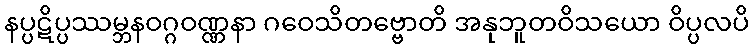
နပ္ပဋိပ္ပဿမ္ဘနဝဂ္ဂဝဏ္ဏနာ ဂဝေသိတဗ္ဗောတိ အနုဘူတဝိသယော ဝိပ္ပလပိ